Report on horse surra - Volume I
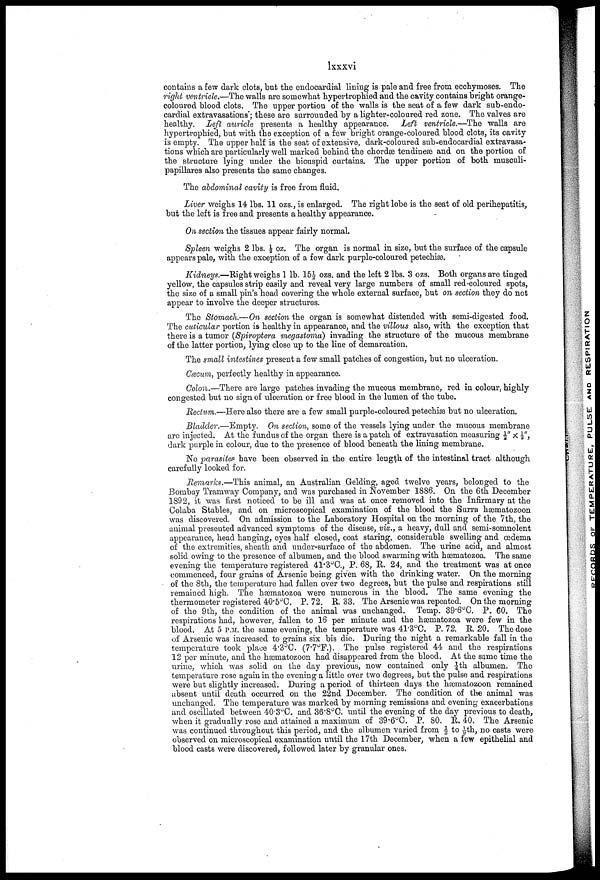
lxxxvi
contains a few dark clots, but the endocardial lining is pale and free from ecchynioses. The
right ventricle.—The walls are somewhat hypertrophied and the cavity contains bright orange-
coloured blood clots. The upper portion of the walls is the seat of a few dark sub-endo-
cardial extravasations; these are surrounded by a lighter-coloured red zone. The valves are
healthy. Left auricle presents a healthy appearance. Left ventricle.—The walls are
hypertrophied, but with the exception of a few bright orange-coloured blood clots, its cavity
is empty. The upper half is the seat of extensive, dark-coloured sub-endocardial extravasa-
tions which are particularly well marked behind the chordge tendineæ and on the portion of
the structure lying under the bicuspid curtains. The upper portion of both musculi-
papillares also presents the same changes.
The abdominal cavity is free from fluid.
Liver weighs 14 lbs. 11 ozs., is enlarged. The right lobe is the seat of old perihepatitis,
but the left is free and presents a healthy appearance.
On section the tissues appear fairly normal.
Spleen weighs 2 lbs. ½ oz. The organ is normal in size, but the surface of the capsule
appears pale, with the exception of a few dark purple-coloured petechias.
Kidneys.—Right weighs 1 lb. 15½ ozs. and the left 2 lbs. 3 ozs. Both organs are tinged
yellow, the capsules strip easily and reveal very large numbers of small red-coloured spots,
the size of a small pin's head covering the whole external surface, but on section they do not
appear to involve the deeper structures.
The Stomach.—On section the organ is somewhat distended with semi-digested food.
The cuticular portion is healthy in appearance, and the villous also, with the exception that
there is a tumor (Spiroptera megastoma) invading the structure of the mucous membrane
of the latter portion, lying close up to the line of demarcation.
The small intestines present a few small patches of congestion, but no ulceration.
Cæcum, perfectly healthy in appearance.
Colon.—There are large patches invading the mucous membrane, red in colour, highly
congested but no sign of ulceration or free blood in the lumen of the tube.
Rectum.—Here also there are a few small purple-coloured petechias but no ulceration.
Bladder.—Empty.
On section, some of the vessels lying under the mucous membrane
are injected. At the fundus of the organ there is a patch of extravasation measuring ½" ½ ",
dark purple in colour, due to the presence of blood beneath the lining membrane.
No parasites have been observed in the entire length of the intestinal tract although
carefully looked for.
Remarks.—This animal, an Australian Gelding, aged twelve years, belonged to the
Bombay Tramway Company, and was purchased in November 1886. On the 6th December
1892, it was first noticed to be ill and was at once removed into the Infirmary at the
Colaba Stables, and on microscopical examination of the blood the Surra hæmatozoon
was discovered. On admission to the Laboratory Hospital on the morning of the 7th, the
animal presented advanced symptoms of the disease, viz., a heavy, dull and semi-somnolent
appearance, head hanging, eyes half closed, coat staring, considerable swelling and œdema
of the extremities, sheath and under-surface of the abdomen. The urine acid, and almost
solid owing to the presence of albumen, and the blood swarming with hæmatozoa. The same
evening the temperature registered 41.3°C., P. 68, R. 24, and the treatment was at once
commenced, four grains of Arsenic being given with the drinking water. On the morning
of the 8th, the temperature had fallen over two degrees, but the pulse and respirations still
remained high. The hæmatozoa were numerous in the blood. The same evening the
thermometer registered 40.5°C. P. 72. R. 33. The Arsenic was repeated. On the morning
of the 9th, the condition of the animal was unchanged. Temp. 39.6°C. P. 60. The
respirations had, however, fallen to 16 per minute and the hæmatozoa were few in the
blood. At 5 P.M. the same evening, the temperature was 41.3°C, P. 72. R. 20. The dose
of Arsenic was increased to grains six bis die. During the night a remarkable fall in the
temperature took place 4.3°C. (7.7°F.). The pulse registered 44 and the respirations
12 per minute, and the hæmatozoon had disappeared from the blood. At the same time the
urine, which was solid on the day previous, now contained only -|th albumen. The
temperature rose again in the evening a little over two degrees, but the pulse and respirations
were but slightly increased. During a period of thirteen days the hæmatozoon remained
absent until death occurred on the 22nd December. The condition of the animal was
unchanged. The temperature was marked by morning remissions and evening exacerbations
and oscillated between 40.3°C. and 36.8°C. until the evening of the day previous to death,
when it gradually rose and attained a maximum of 39.6°C. P. 80. R. 40. The Arsenic
was continued throughout this period, and the albumen varied from ½ to 1/9th, no casts were
observed on microscopical examination until the 17th December, when a few epithelial and
blood casts were discovered, followed later by granular ones.